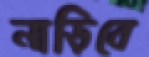
নাড়িবে